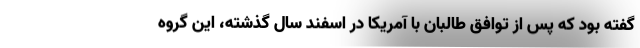
گفته بود که پس از توافق طالبان با آمریکا در اسفند سال گذشته، این گروه